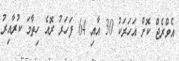
އެވްރެޖް ކޮށް އަހަރަކު 30 އާއި 64 ފަހަރު ރޮއެ ހިތާމަ ކުރާއިރު